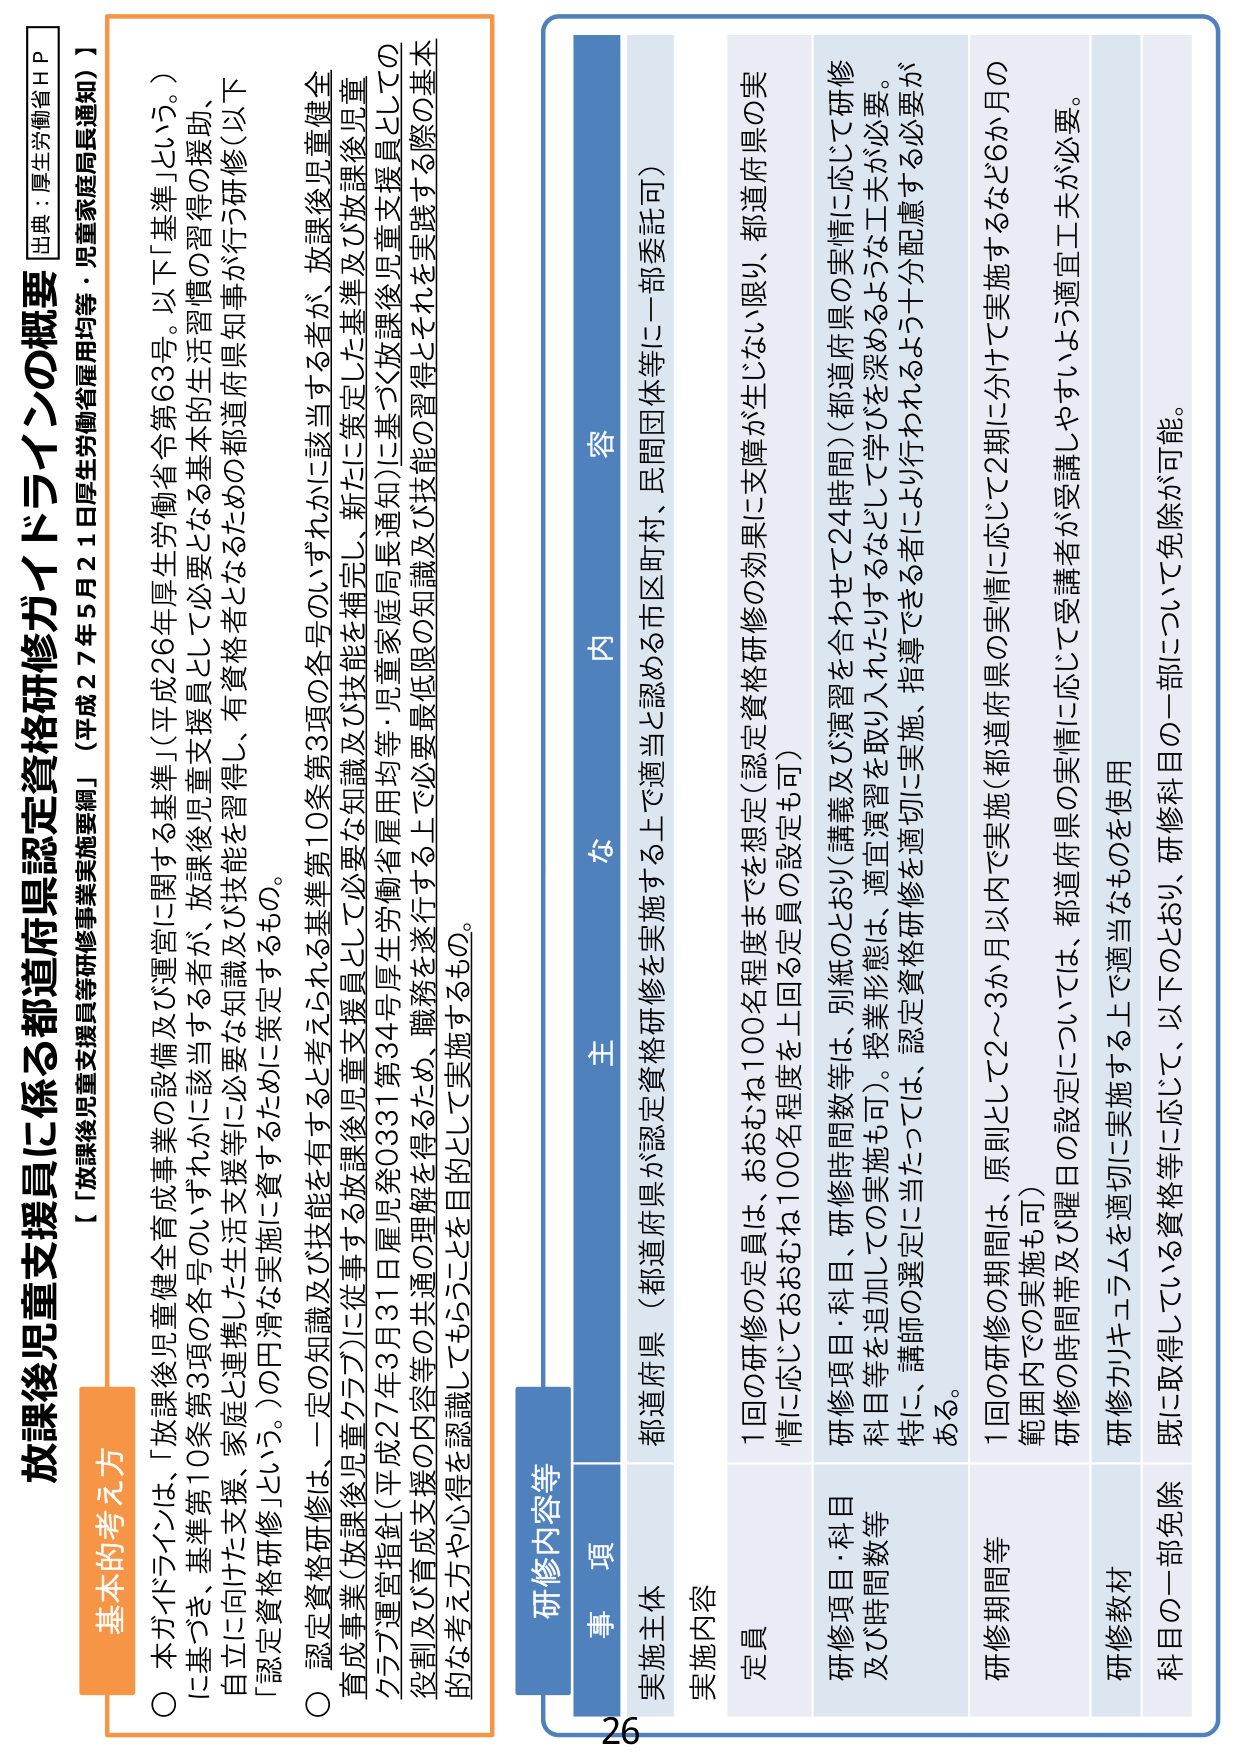
放課後児童支援員に係る都道府県認定資格研修ガイドラインの概要
【「放課後児童支援員等研修事業実施要綱」（平成27年5月21日厚生労働省通知）】
出典：厚生労働省HP

基本的考え方
○ 本ガイドラインは、「放課後児童健全育成事業の設備及び運営に関する基準」（平成26年厚生労働省令第63号。以下「基準」という。）に基づき、基準第10条第3項の各号のいずれかに該当する者が、放課後児童支援員として必要な生活習慣の習得の援助、自立に向けた支援、家庭と連携した生活支援等に必要な知識及び技能を習得し、有資格者となるための都道府県知事が行う研修（以下「認定資格研修」という。）の円滑な実施に資するために策定するもの。
○ 認定資格研修は、一定の知識及び技能を有する者とえられる基準第10条第3項の各号のいずれかに該当する者が、放課後児童健全育成事業（放課後児童クラブ）に従事する放課後児童支援員として必要な知識及び技能を補完し、新たに策定した基準及び放課後児童クラブ運営指針（平成27年3月31日雇児発0331第34号厚生労働省雇用均等・児童家庭局長通知）に基づく放課後児童支援員としての役割及び育成支援の内容等の共通の理解を得るため、職務を遂行する上で必要最低限の知識及び技能の習得とそれを実践する際の基本的な考え方や心得を認識してもらうことを目的として実施するもの。

研修内容等
事 項
内 容

実施主体
都道府県（都道府県が認定資格研修を実施する上で適当と認める市区町村、民間団体等に一部委託可）

実施内容
定員
1回の研修の定員は、おおむね100名程度までを想定（認定資格研修の効果に支障が生じない限り、都道府県の実情に応じておおむね100名程度を上回る定員の設定も可）

研修項目・科目及び時間数等
研修項目・科目、研修時間数等は、別紙のとおり（講義及び演習を合わせて24時間）（都道府県の実情に応じて研修科目等を追加しての実施も可）。授業形態は、適宜演習を取り入れたりするなどして学びを深めるような工夫が必要。特に、講師の選定に当たっては、認定資格研修を適切に実施、指導できる者により行われるよう十分配慮する必要がある。

研修期間等
1回の研修の期間は、原則として2～3か月以内で実施（都道府県の実情に応じて2期に分けて実施するなど6か月の範囲内での実施も可）

研修教材
研修カリキュラムを適切に実施する上で適当なものを使用

科目の一部免除
既に取得している資格等に応じて、以下のとおり、研修科目の一部について免除が可能。

26